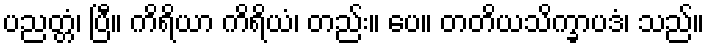
ပညတ္တံ၊ ပြီ။ ကိရိယာ ကိရိယံ၊ တည်း။ ပေ။ တတိယသိက္ခာပဒံ၊ သည်။